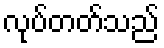
လုပ်တတ်သည်